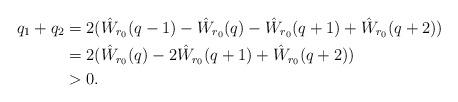
LaTeX: \begin{align*}q_1+q_2 &= 2(\hat W_{r_0}(q-1)-\hat W_{r_0}(q)-\hat W_{r_0}(q+1) + \hat W_{r_0}(q+2))\\&=2(\hat W_{r_0}(q) - 2\hat W_{r_0}(q+1) + \hat W_{r_0}(q+2))\\&>0.\end{align*}